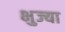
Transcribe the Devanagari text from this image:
भुज्या